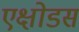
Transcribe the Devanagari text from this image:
एक्षोडस